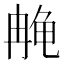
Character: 𫜳